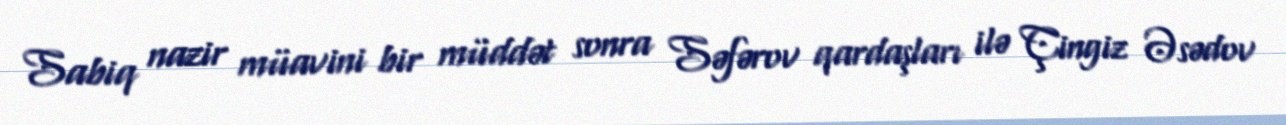
Sabiq nazir müavini bir müddət sonra Səfərov qardaşları ilə Çingiz Əsədov